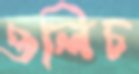
ওলিচ